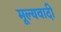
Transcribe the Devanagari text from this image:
मूल्यवादी